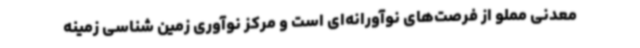
معدنی مملو از فرصت‌های نوآورانه‌ای است و مرکز نوآوری زمین شناسی زمینه